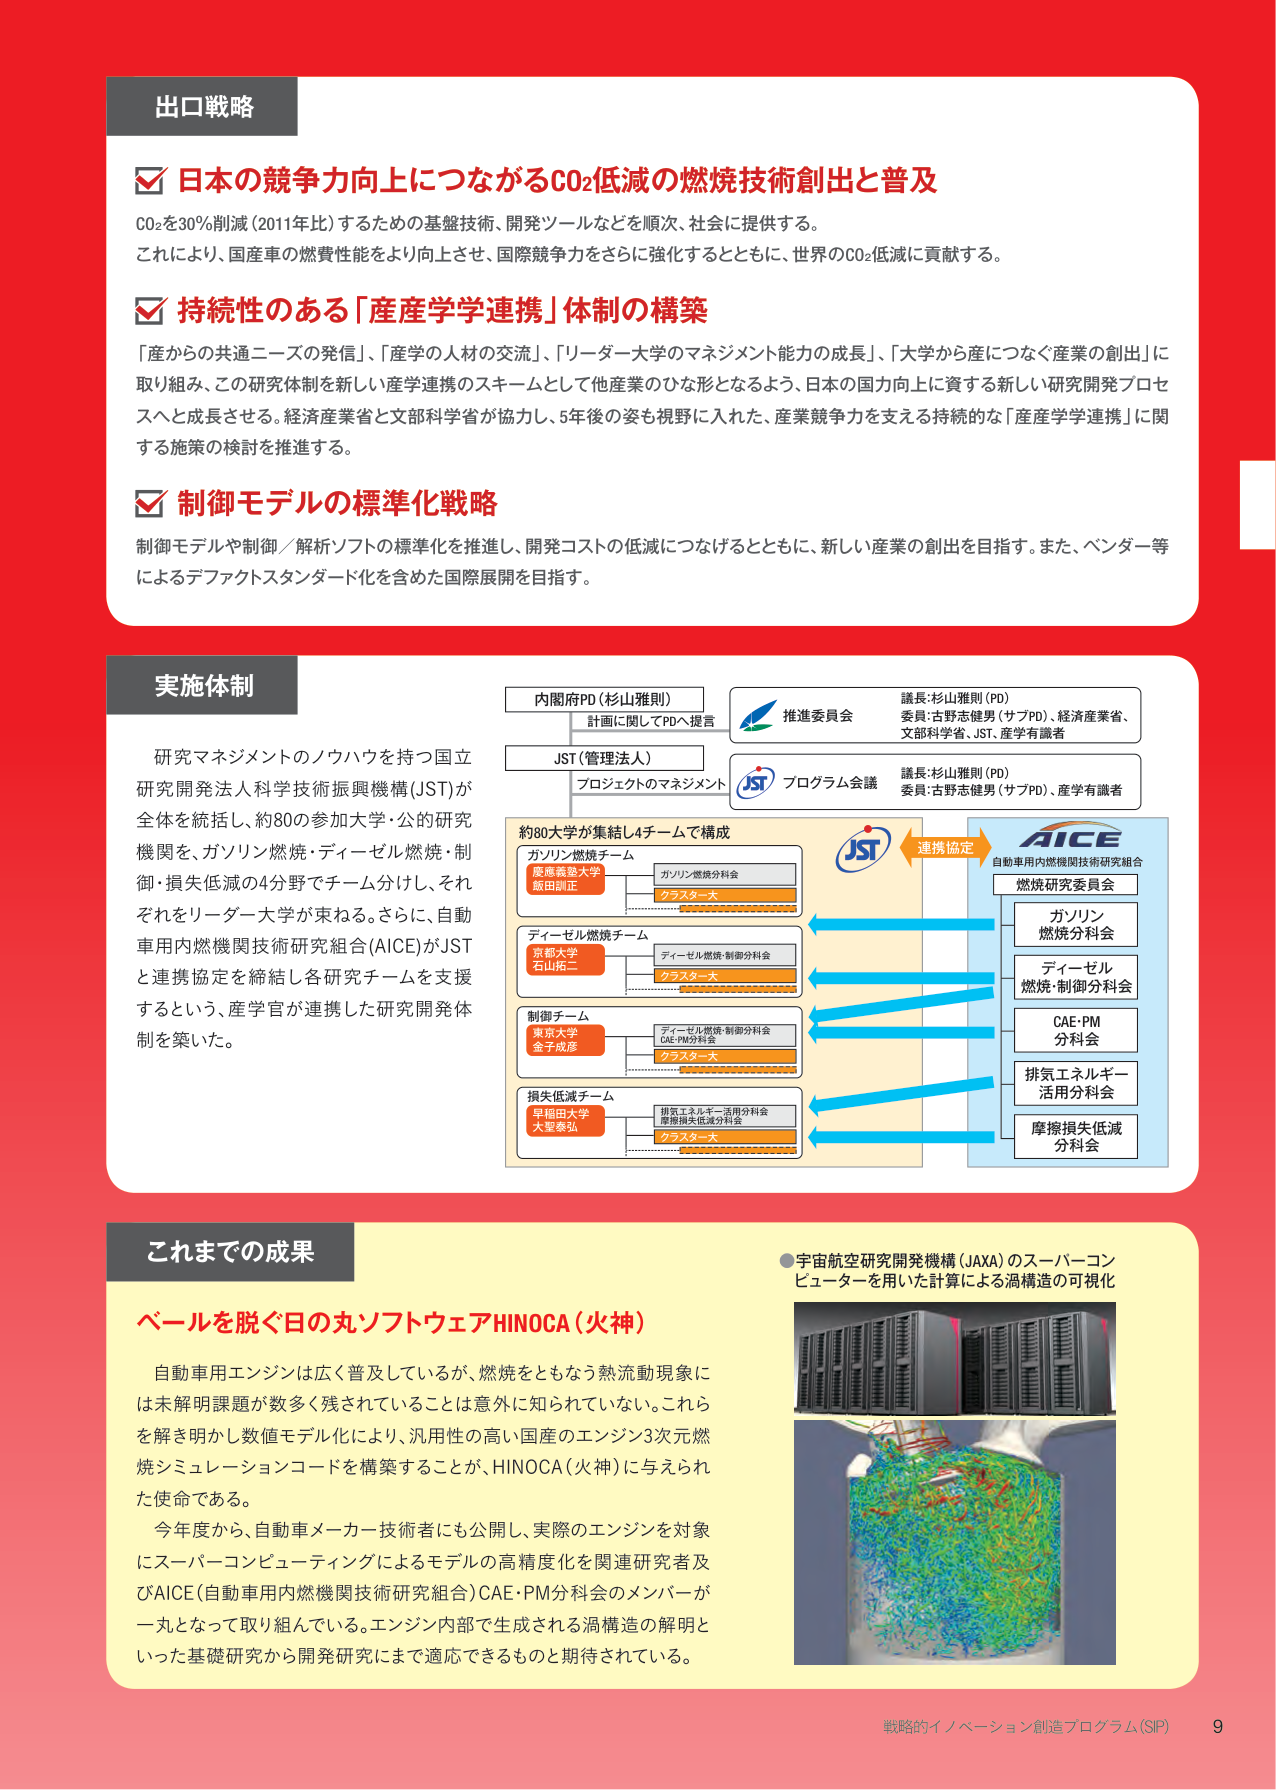
出口戦略

✓ 日本の競争力向上につながるCO₂低減の燃焼技術創出と普及
CO₂を30％削減（2011年比）するための基盤技術、開発ツールなどを順次、社会に提供する。
これにより、国産車の燃費性能をより向上させ、国際競争力をさらに強化するとともに、世界のCO₂低減に貢献する。

✓ 持続性のある「産産学学連携」体制の構築
「産からの共通ニーズの発信」、「産学の人材の交流」、「リーダー大学のマネジメント能力の成長」、「大学から産につなぐ産業の創出」に取り組み、この研究体制を新しい産学連携のスキームとして他産業のひな形となるよう、日本の国力向上に資する新しい研究開発プロセスへと成長させる。経済産業省と文部科学省が協力し、5年後の姿も視野に入れた、産業競争力を支える持続的な「産産学学連携」に関する施策の検討を推進する。

✓ 制御モデルの標準化戦略
制御モデルや制御／解析ソフトの標準化を推進し、開発コストの低減につなげるとともに、新しい産業の創出を目指す。また、ベンダー等によるデファクトスタンダード化を含めた国際展開を目指す。

実施体制

研究マネジメントのノウハウを持つ国立研究開発法人科学技術振興機構（JST）が全体を統括し、約80の参加大学・公的研究機関を、ガソリン燃焼・ディーゼル燃焼・制御・損失低減の4分野でチーム分けし、それぞれをリーダー大学が束ねる。さらに、自動車用内燃機関技術研究組合（AICE）がJSTと連携協定を締結し各研究チームを支援するという、産学官が連携した研究開発体制を築いた。

内閣府PD（杉山雅則）
計画に関してPDへ提言

JST（管理法人）
プロジェクトのマネジメント

推進委員会
議長：杉山雅則（PD）
委員：古野志健男（サブPD）、経済産業省、文部科学省、JST、産学有識者

プログラム会議
議長：杉山雅則（PD）
委員：古野志健男（サブPD）、産学有識者

約80大学が集結し4チームで構成

ガソリン燃焼チーム
慶應義塾大学
飯田訓正
ガソリン燃焼分科会
クラスターズ

ディーゼル燃焼チーム
京都大学
石山拓二
ディーゼル燃焼・制御分科会
クラスターズ

制御チーム
東京大学
金子成彦
ディーゼル燃焼・制御分科会
CAE・PM分科会
クラスターズ

損失低減チーム
早稲田大学
大聖泰弘
排気エネルギー活用分科会
摩擦損失低減分科会
クラスターズ

連携協定
自動車用内燃機関技術研究組合
AICE

燃焼研究委員会
ガソリン燃焼分科会
ディーゼル燃焼・制御分科会
CAE・PM分科会
排気エネルギー活用分科会
摩擦損失低減分科会

これまでの成果

ベールを脱ぐ日の丸ソフトウェアHINOCА（火神）
自動車用エンジンは広く普及しているが、燃焼をともなう熱流動現象には未解明課題が数多く残されていることは意外に知られていない。これらを解き明かし数値モデル化により、汎用性の高い国産のエンジン3次元燃焼シミュレーションコードを構築することが、HINOCА（火神）に与えられた使命である。
今年度から、自動車メーカー技術者にも公開し、実際のエンジンを対象にスーパーコンピューティングによるモデルの高精度化を関連研究者及びAICE（自動車用内燃機関技術研究組合）CAE・PM分科会のメンバーが一丸となって取り組んでいる。エンジン内部で生成される渦構造の解明といった基礎研究から開発研究にまで適応できるものと期待されている。

●宇宙航空研究開発機構（JAXA）のスーパーコンピューターを用いた計算による渦構造の可視化

戦略的イノベーション創造プログラム（SIP） 9